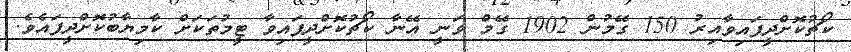
ކޯޗުކޮށްދީފައިވާއިރު 150 ގޭމުން 1902 ގޭމް ވަނީ އޭނާ ކޯޗުކޮށްދީފައިވާ ޓީމުތަކަށް ކާމިޔާބުކޮށްދީފައެވެ.